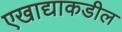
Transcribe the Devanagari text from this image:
एखाद्याकडील